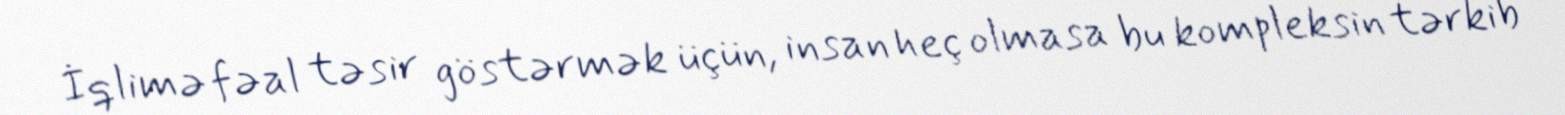
İqlimə fəal təsir göstərmək üçün, insan heç olmasa bu kompleksin tərkib